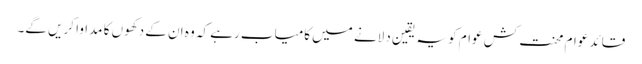
قائد عوام محنت کش عوام کو یہ یقین دلانے میں کامیاب رہے کہ وہ ان کے دکھوں کا مداوا کریں گے۔